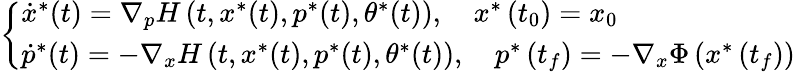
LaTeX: \left\{ \begin{array}{l}{\dot{x}^{*}(t)=\nabla_{p}H\left(t,x^{*}(t),p^{*}(t),\theta^{*}(t)\right),\quad x^{*}\left(t_{0}\right)=x_{0}}\\ {\dot{p}^{*}(t)=-\nabla_{x}H\left(t,x^{*}(t),p^{*}(t),\theta^{*}(t)\right),\quad p^{*}\left(t_{f}\right)=-\nabla_{x}\Phi\left(x^{*}\left(t_{f}\right)\right)}\end{array}\right.